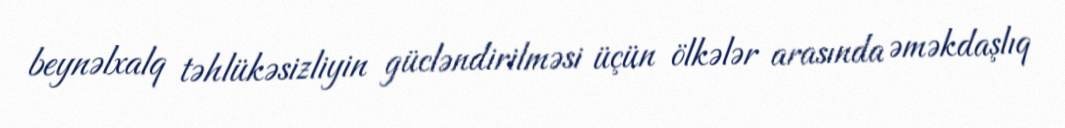
beynəlxalq təhlükəsizliyin gücləndirilməsi üçün ölkələr arasında əməkdaşlıq